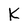
Character: K